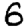
Digit: 6